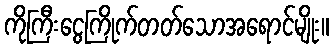
ကိုကြီးငွေကြိုက်တတ်သောအရောင်မျိုး။